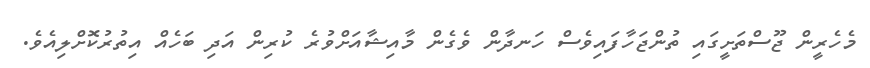
މެހެރީން ޖޫސްތަށީގައި ތުންޖަހާފައިވެސް ހަނދާން ވެގެން މާއިޝާއަށްވުރެ ކުރިން އަދި ބަހެއް އިތުރުކޮށްލިއެވެ.